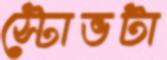
স্টোভটা